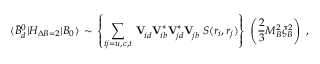
\langle \bar { B } _ { d } ^ { 0 } | { \cal H } _ { \Delta B = 2 } | B _ { 0 } \rangle \, \sim \, \left\{ \sum _ { i j = u , c , t } \, \mathbf { V } _ { \! i d } ^ { \phantom { * } } \mathbf { V } _ { \! i b } ^ { * } \mathbf { V } _ { \! j d } ^ { * } \mathbf { V } _ { \! j b } ^ { \phantom { * } } \; S ( r _ { i } , r _ { j } ) \right\} \; \left( { \frac { 2 } { 3 } } M _ { B } ^ { 2 } \xi _ { B } ^ { 2 } \right) \; ,